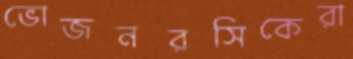
ভোজনরসিকেরা